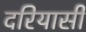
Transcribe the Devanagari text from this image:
दरियासी